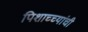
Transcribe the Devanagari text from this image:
पिशाच्च्यांची